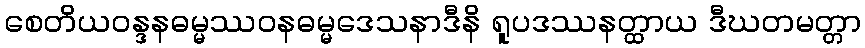
စေတိယဝန္ဒနဓမ္မဿဝနဓမ္မဒေသနာဒီနိ ရူပဒဿနတ္ထာယ ဒီဃတမတ္တာ